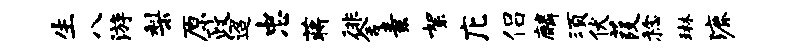
生八游梨原政迢忠蒋徘舍素絮庀侣麟须伏葭稔琳漉